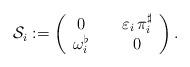
LaTeX: \begin{align*} \mathcal{S}_i:=\left( \begin{array}{ccc} 0&\ &\varepsilon_i\,\pi_{i}^{\sharp}\\ \omega_{i}^{\flat}&\ &0 \end{array}\right).\end{align*}